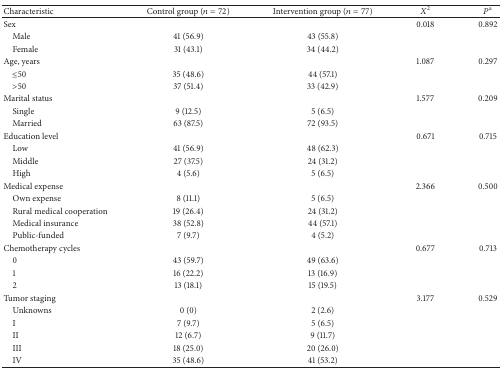
<table><thead><tr><td><b>Characteristic</b></td><td><b>Control group (<i>n</i> = 72)</b></td><td><b>Intervention group (<i>n</i> = 77)</b></td><td><b><i>X</i><sup>2</sup></b></td><td><b><i>P</i><sup>a</sup></b></td></tr></thead><tbody><tr><td>Sex </td><td> </td><td> </td><td>0.018</td><td>0.892</td></tr><tr><td> Male</td><td>41 (56.9)</td><td>43 (55.8)</td><td> </td><td> </td></tr><tr><td> Female</td><td>31 (43.1)</td><td>34 (44.2)</td><td> </td><td> </td></tr><tr><td>Age, years</td><td> </td><td> </td><td>1.087</td><td>0.297</td></tr><tr><td> ≤50</td><td>35 (48.6)</td><td>44 (57.1)</td><td> </td><td> </td></tr><tr><td> &gt;50</td><td>37 (51.4)</td><td>33 (42.9)</td><td> </td><td> </td></tr><tr><td>Marital status </td><td> </td><td> </td><td>1.577</td><td>0.209</td></tr><tr><td> Single</td><td>9 (12.5)</td><td>5 (6.5)</td><td> </td><td> </td></tr><tr><td> Married</td><td>63 (87.5)</td><td>72 (93.5)</td><td> </td><td> </td></tr><tr><td>Education level </td><td> </td><td> </td><td>0.671</td><td>0.715</td></tr><tr><td> Low</td><td>41 (56.9)</td><td>48 (62.3)</td><td> </td><td> </td></tr><tr><td> Middle</td><td>27 (37.5)</td><td>24 (31.2)</td><td> </td><td> </td></tr><tr><td> High</td><td>4 (5.6)</td><td>5 (6.5)</td><td> </td><td> </td></tr><tr><td>Medical expense </td><td> </td><td> </td><td>2.366</td><td>0.500</td></tr><tr><td> Own expense</td><td>8 (11.1)</td><td>5 (6.5)</td><td> </td><td> </td></tr><tr><td> Rural medical cooperation</td><td>19 (26.4)</td><td>24 (31.2)</td><td> </td><td> </td></tr><tr><td> Medical insurance</td><td>38 (52.8)</td><td>44 (57.1)</td><td> </td><td> </td></tr><tr><td> Public-funded</td><td>7 (9.7)</td><td>4 (5.2)</td><td> </td><td> </td></tr><tr><td>Chemotherapy cycles </td><td> </td><td> </td><td>0.677</td><td>0.713</td></tr><tr><td> 0</td><td>43 (59.7)</td><td>49 (63.6)</td><td> </td><td> </td></tr><tr><td> 1</td><td>16 (22.2)</td><td>13 (16.9)</td><td> </td><td> </td></tr><tr><td> 2</td><td>13 (18.1)</td><td>15 (19.5)</td><td> </td><td> </td></tr><tr><td>Tumor staging </td><td> </td><td> </td><td>3.177</td><td>0.529</td></tr><tr><td> Unknowns</td><td>0 (0)</td><td>2 (2.6)</td><td> </td><td> </td></tr><tr><td> I</td><td>7 (9.7)</td><td>5 (6.5)</td><td> </td><td> </td></tr><tr><td> II</td><td>12 (6.7)</td><td>9 (11.7)</td><td> </td><td> </td></tr><tr><td> III</td><td>18 (25.0)</td><td>20 (26.0)</td><td> </td><td> </td></tr><tr><td> IV</td><td>35 (48.6)</td><td>41 (53.2)</td><td> </td><td> </td></tr></tbody></table>